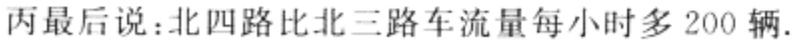
丙最后说：北四路比北三路车流量每小时多 200 辆.